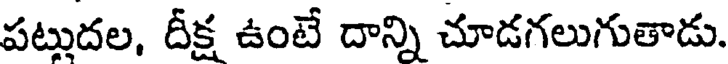
పట్టుదల, దీక్ష ఉంటే దాన్ని చూడగలుగుతాడు.